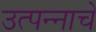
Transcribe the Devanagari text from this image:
उत्‍पन्‍नाचे